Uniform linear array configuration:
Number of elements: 12
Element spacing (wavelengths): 0.75
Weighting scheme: hann
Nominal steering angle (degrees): -45
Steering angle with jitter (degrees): -46.8
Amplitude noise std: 0.05
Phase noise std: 0.05

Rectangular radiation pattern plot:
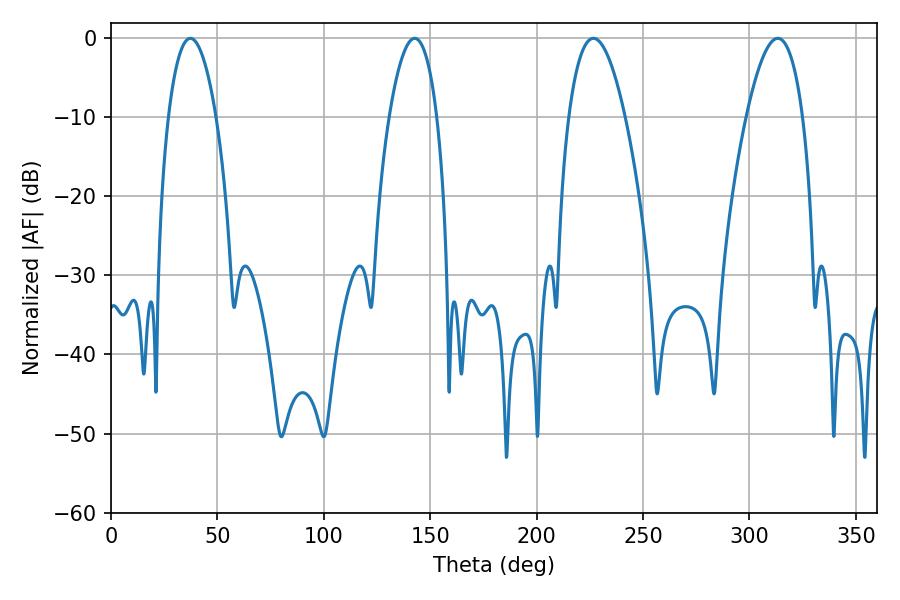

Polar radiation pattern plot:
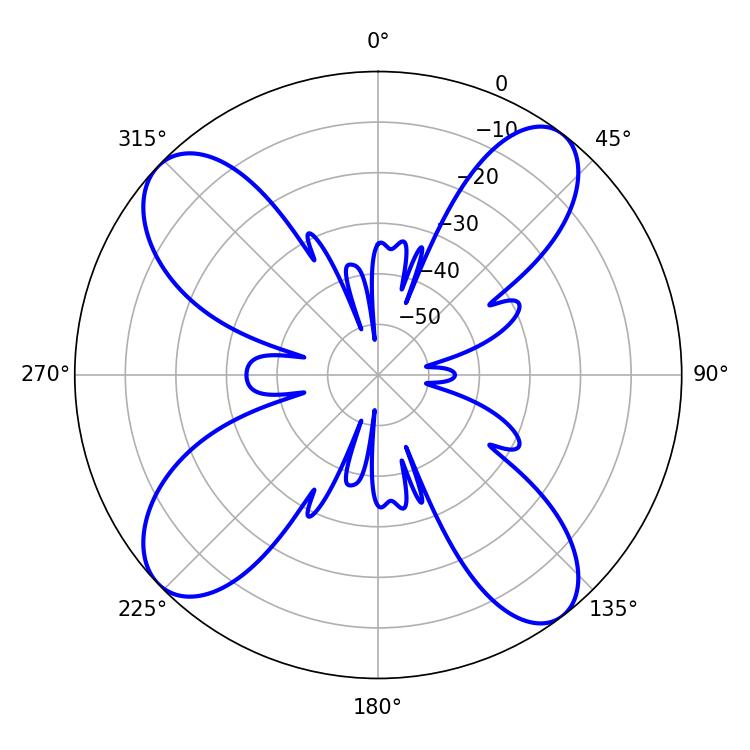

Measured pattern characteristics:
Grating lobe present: TRUE
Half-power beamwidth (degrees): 12.42
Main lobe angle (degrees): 37.26